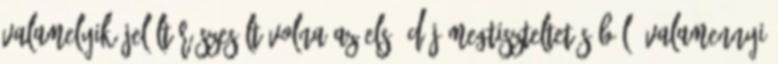
valamelyik jelölt részesült volna az első díj megtiszteltetéséből. Valamennyi